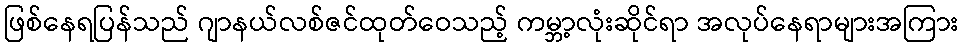
ဖြစ်နေရပြန်သည် ဂျာနယ်လစ်ဇင်ထုတ်ဝေသည့် ကမ္ဘာ့လုံးဆိုင်ရာ အလုပ်နေရာများအကြား